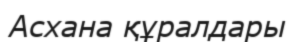
Асхана құралдары